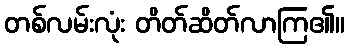
တစ်လမ်းလုံး တိတ်ဆိတ်လာကြ၏။